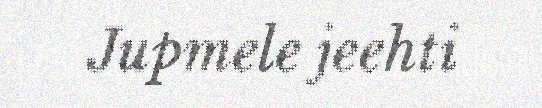
Jupmele jeehti